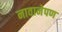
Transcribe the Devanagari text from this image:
नावानेपण